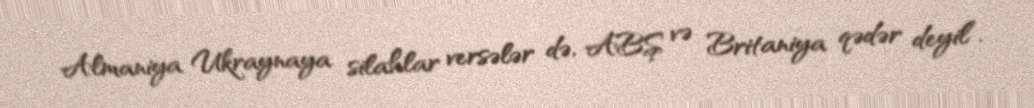
Almaniya Ukraynaya silahlar versələr də, ABŞ və Britaniya qədər deyil”.